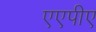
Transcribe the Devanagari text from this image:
एएपीए